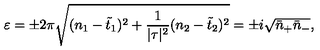
\varepsilon = \pm 2 \pi \sqrt { ( n _ { 1 } - \tilde { t } _ { 1 } ) ^ { 2 } + \frac { 1 } { | \tau | ^ { 2 } } ( n _ { 2 } - \tilde { t } _ { 2 } ) ^ { 2 } } = \pm i \sqrt { \bar { n } _ { + } \bar { n } _ { - } } ,